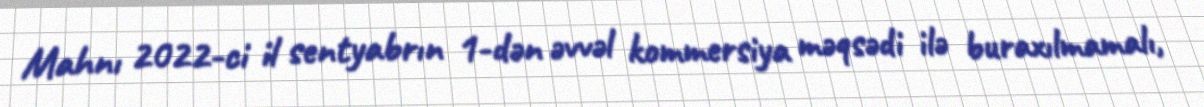
Mahnı 2022-ci il sentyabrın 1-dən əvvəl kommersiya məqsədi ilə buraxılmamalı,